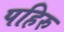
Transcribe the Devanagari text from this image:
पहिरु